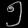
Digit: ၅